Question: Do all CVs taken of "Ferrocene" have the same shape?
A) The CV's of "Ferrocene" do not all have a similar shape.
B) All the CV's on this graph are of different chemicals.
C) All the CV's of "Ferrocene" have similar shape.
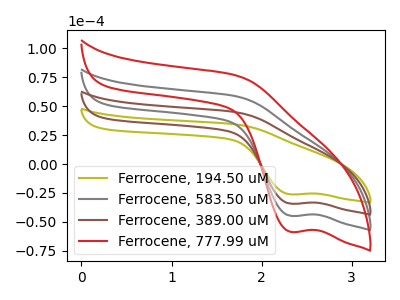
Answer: <think>The olive curve "Ferrocene, 194.50 uM" has a cathodic peak at: (2.30V, -26.20uA). The gray curve "Ferrocene, 583.50 uM" has a cathodic peak at: (2.30V, -68.55uA). The brown curve "Ferrocene, 389.00 uM" has a cathodic peak at: (2.30V, -34.30uA). The red curve "Ferrocene, 777.99 uM" has a cathodic peak at: (2.30V, -102.85uA).
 All the peaks in "Ferrocene, 194.50 uM" have a peak in "Ferrocene, 583.50 uM" at the same potential. Every peak in "Ferrocene, 194.50 uM" is lower than every peak in "Ferrocene, 583.50 uM". All the peaks in "Ferrocene, 194.50 uM" have a peak in "Ferrocene, 389.00 uM" at the same potential. Every peak in "Ferrocene, 194.50 uM" is lower than every peak in "Ferrocene, 389.00 uM". All the peaks in "Ferrocene, 194.50 uM" have a peak in "Ferrocene, 777.99 uM" at the same potential. Every peak in "Ferrocene, 194.50 uM" is lower than every peak in "Ferrocene, 777.99 uM". All the peaks in "Ferrocene, 583.50 uM" have a peak in "Ferrocene, 389.00 uM" at the same potential. Every peak in "Ferrocene, 583.50 uM" is higher than every peak in "Ferrocene, 389.00 uM". All the peaks in "Ferrocene, 583.50 uM" have a peak in "Ferrocene, 777.99 uM" at the same potential. Every peak in "Ferrocene, 583.50 uM" is lower than every peak in "Ferrocene, 777.99 uM". All the peaks in "Ferrocene, 389.00 uM" have a peak in "Ferrocene, 777.99 uM" at the same potential. Every peak in "Ferrocene, 389.00 uM" is lower than every peak in "Ferrocene, 777.99 uM".</think>
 <answer>C) All the CV's of "Ferrocene" have similar shape.</answer>
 <eval>C</eval>